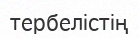
тербелістің